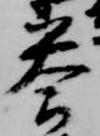
答